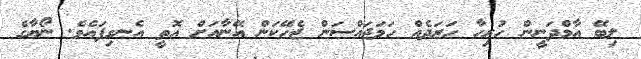
ލިބޭ އާމްދަނީން ހުރިހާ ހަރަދެއް ހަމަޖައްސަން ޖެހޭކަން އޭނާއަށް އޮތީ އެނގިފައެވެ. ނޯޔާގެ